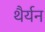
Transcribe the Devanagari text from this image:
थैर्यन